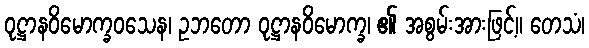
ဝုဋ္ဌာနဝိမောက္ခဝသေန၊ ဥဘတော ဝုဋ္ဌာနဝိမောက္ခ၊ ၏ အစွမ်းအားဖြင့်။ တေသံ၊